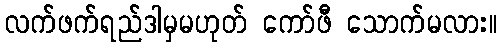
လက်ဖက်ရည်ဒါမှမဟုတ် ကော်ဖီ သောက်မလား။